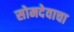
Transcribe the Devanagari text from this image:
सोमदेवाचा